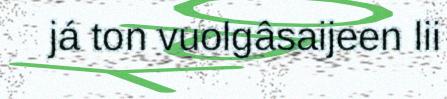
já ton vuolgâsaijeen lii